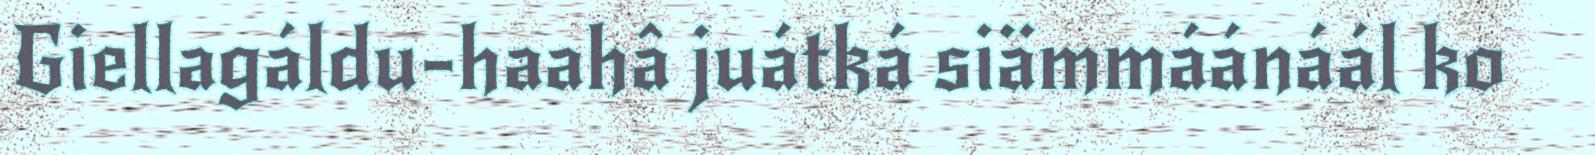
Giellagáldu-haahâ juátká siämmáánáál ko